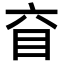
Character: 𥄈